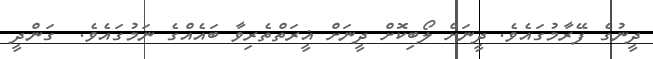
ދީނުގެ ފޭރާމުގައެވެ. ދީނަށް ލޯބިކޮށް ދީނަށް ޣީރަތްތެރިވާ ބައެއްގެ ނަމުގައެވެ.  ގަންދީ